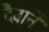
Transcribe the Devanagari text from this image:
दैवानें